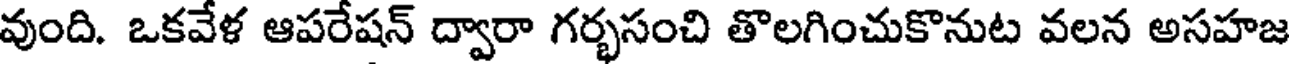
వుంది. ఒకవేళ ఆపరేషన్ ద్వారా గర్భసంచి తొలగించుకొనుట వలన అసహజ